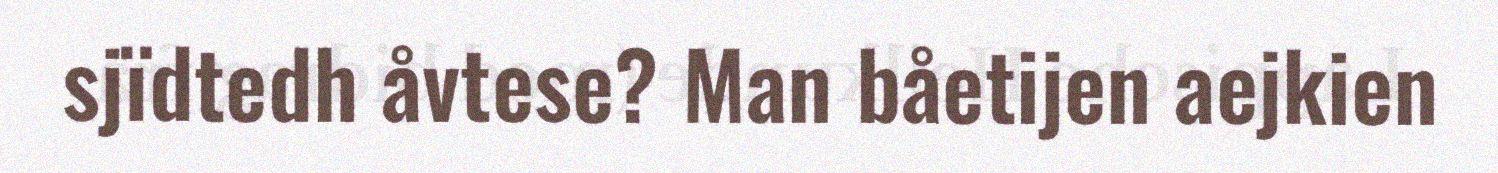
sjïdtedh åvtese? Man båetijen aejkien